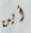
أين